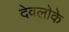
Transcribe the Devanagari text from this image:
देवलोके